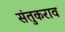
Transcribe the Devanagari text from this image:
संतुकराव